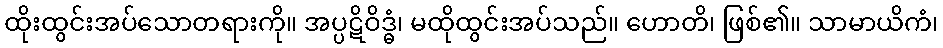
ထိုးထွင်းအပ်သောတရားကို။ အပ္ပဋိဝိဒ္ဓံ၊ မထိုထွင်းအပ်သည်။ ဟောတိ၊ ဖြစ်၏။ သာမာယိကံ၊